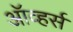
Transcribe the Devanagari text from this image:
ऑव्हर्स